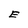
Character: E